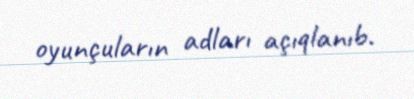
oyunçuların adları açıqlanıb.